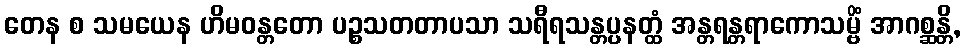
တေန စ သမယေန ဟိမဝန္တတော ပဉ္စသတတာပသာ သရီရသန္တပ္ပနတ္ထံ အန္တရန္တရာကောသမ္ဗိံ အာဂစ္ဆန္တိ,